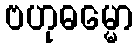
ဗဟုဓမ္မော